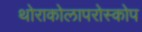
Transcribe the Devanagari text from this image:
थोराकोलापरोस्कोप